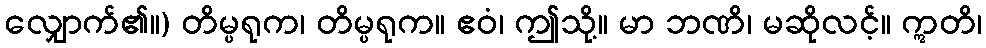
လျှောက်၏။) တိမ္ပရုက၊ တိမ္ပရုက။ ဧဝံ၊ ဤသို့။ မာ ဘဏိ၊ မဆိုလင့်။ ဣတိ၊